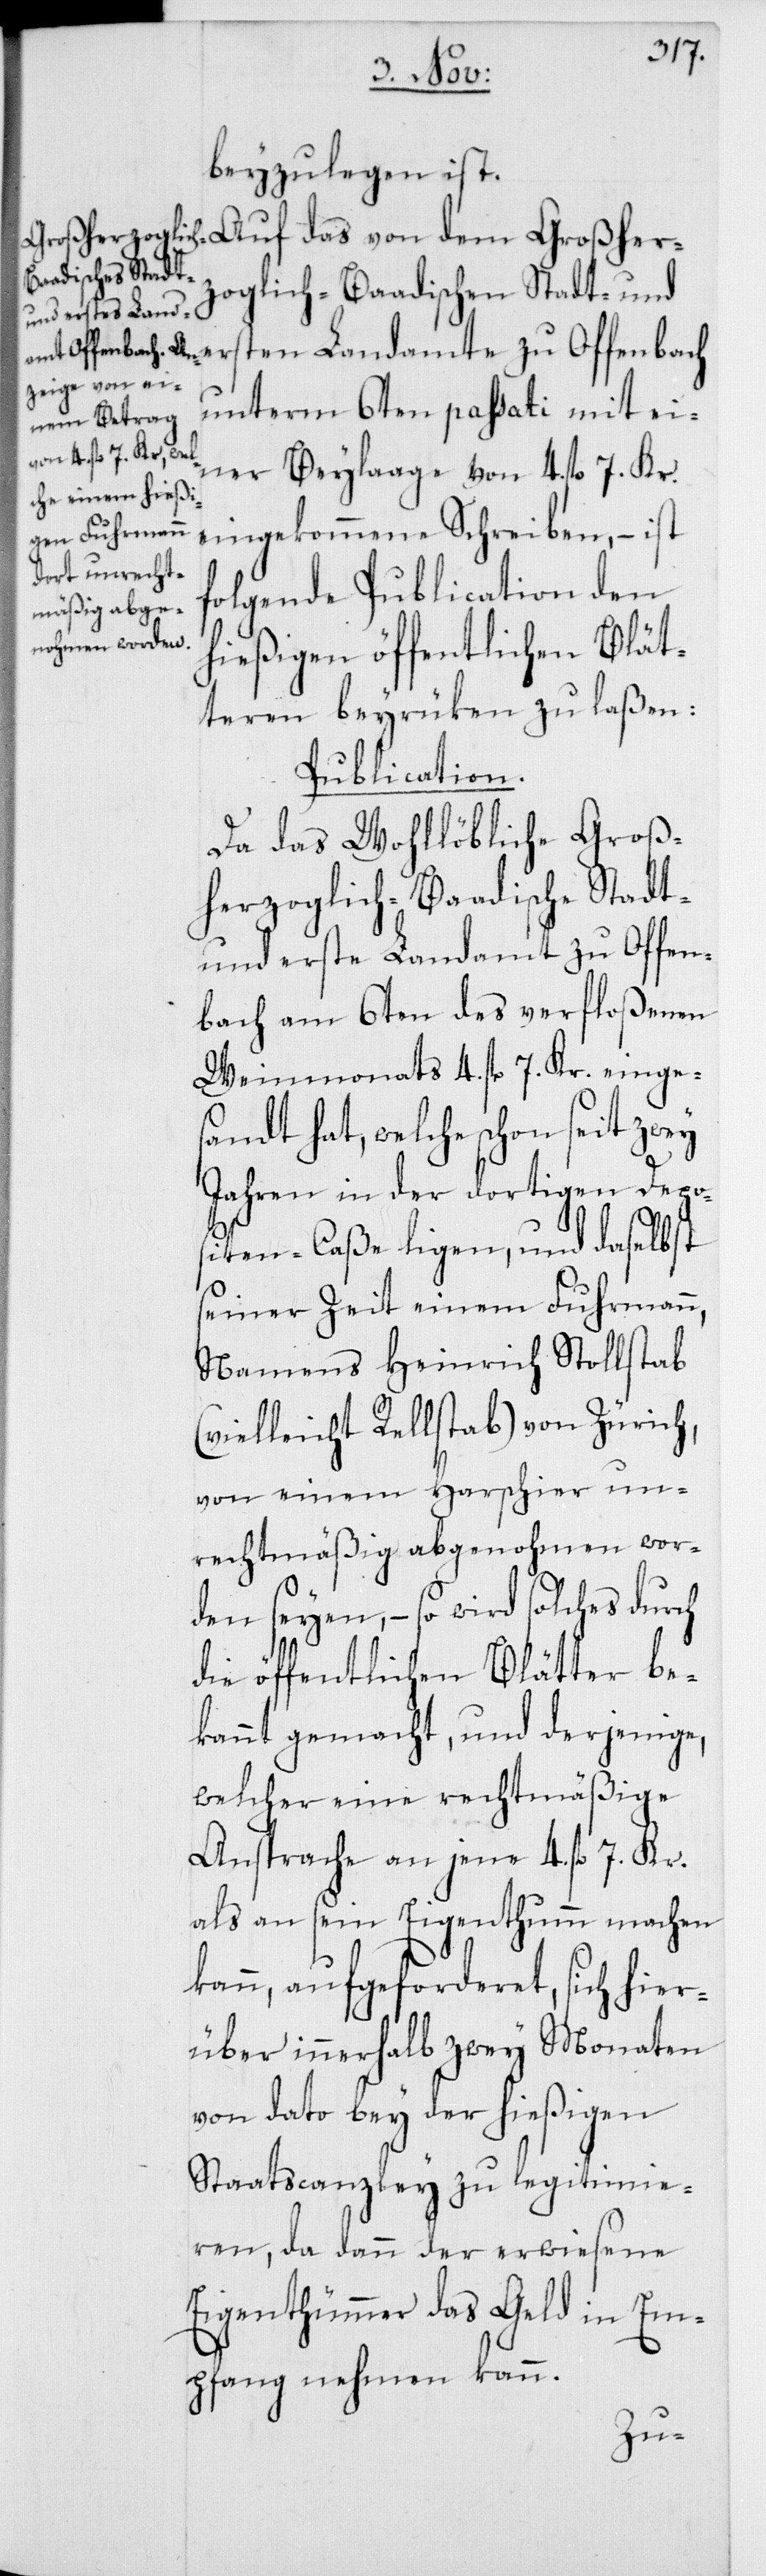
beyzulegen ist.
Auf das von dem Großherz¬
oglich-Baadischen Stadt- und
ersten Landamte zu Offenbach
unterm 6ten passati mit ei¬
ner Beylaage von 4. fl. 7. Kr.
eingekommene Schreiben, – ist
folgende Publication den
hießigen öffentlichen Blät¬
teren beyrüken zu laßen:
Publication.
Da das Wohllöbliche Groß¬
herzoglich-Baadische Stadt-
und erste Landamt zu Offen¬
bach am 6ten des verfloßenen
Weinmonats 4. fl. 7. Kr. einge¬
sandt hat, welche schon seit zwey
Jahren in der dortigen Depos¬
iten-Caße ligen, und daselbst
seiner Zeit einem Fuhrmann,
Namens Heinrich Stollstab
(vielleicht Rellstab) von Zürich,
von einem Harschier un¬
rechtmäßig abgenohmen wor¬
den seyen, – so wird solches durch
die öffentlichen Blätter be¬
kannt gemacht, und derjenige,
welcher eine rechtmäßige
Ansprache an jene 4. fl. 7. Kr.
als an sein Eigenthumm machen
kann, aufgeforderet, sich hier¬
über innerhalb zwey Monaten
von dato bey der hießigen
Staatscanzley zu legitimie¬
ren, da dann der erwiesene
Eigenthümmer das Geld in Em¬
pfang nehmen kann.